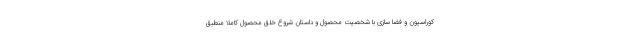
کوراسیون و فضا سازی با شخصیت محصول و داستان شروع خلق محصول کاملا منطبق